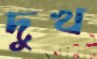
দুখ